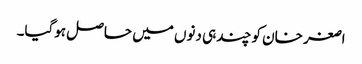
اصغر خان کو چند ہی دنوں میں حاصل ہوگیا۔